Vaccination United Provinces of Agra and Oudh 1902-1913 - 1902-1913
Year: 1902
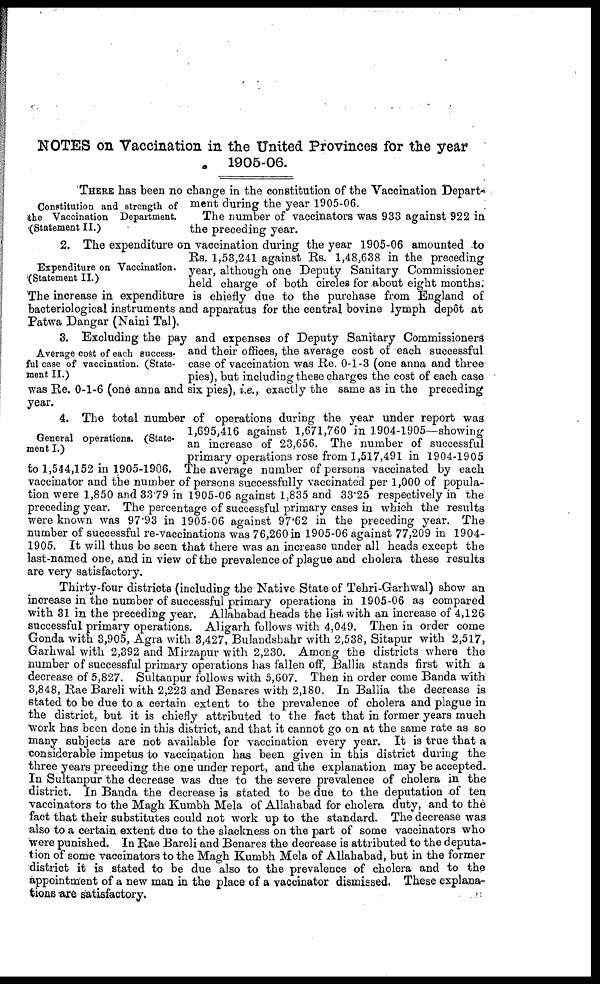
NOTES on Vaccination in the United Provinces for the year
1905-06.
Constitution and strength of
the Vaccination Department.
(Statement II.)
THREE has been no change in the constitution of the Vaccination Depart
ment during the year 1905-06.
The number of vaccinators was 933 against 922 in
the preceding year.
Expenditure on Vaccination.
(Statement II.)
2. The expenditure on vaccination during the year 1905-06 amounted to
Rs. 1,53,241 against Rs. 1,48,638 in the preceding
year, although one Deputy Sanitary Commissioner
held charge of both circles for about eight months
The increase in expenditure is chiefly due to the purchase from England of
bacteriological instruments and apparatus for the central bovine lymph depôt at
Patwa Dangar (Naini Tal).
Average cost of each success-
ful case of vaccination. (State-
ment II.)
3. Excluding the pay and expenses of Deputy Sanitary Commissioners
and their offices, the average cost of each successful
case of vaccination was Re. 0-1-3 (one anna and three
pies), but including these charges the cost of each case
was Re. 0-1-6 (one anna and six pies), i.e., exactly the same as in the preceding
year.
General operations. (State-
ment I.)
4. The total number of operations during the year under report was
1,695,416 against 1,671,760 in 1904-1905—showing
an increase of 23,656. The number of successful
primary operations rose from 1,517,491 in 1904-1905
to 1,544,152 in 1905-1906. The average number of persons vaccinated by each
vaccinator and the number of persons successfully vaccinated per 1,000 of popula-
tion were 1,850 and 33.79 in 1905-06 against 1,835 and 33.25 respectively in the
preceding year. The percentage of successful primary cases in which the results
were known was 97.93 in 1905-06 against 97.62 in the preceding year. The
number of successful re-vaccinations was 76,260 in 1905-06 against 77,209 in 1904-
1905. It will thus be seen that there was an increase under all heads except the
last-named one, and in view of the prevalence of plague and cholera these results
are very satisfactory.
Thirty-four districts (including the Native State of Tehri-Garhwal) show an
increase in the number of successful primary operations in 1905-06 as compared
with 31 in the preceding year. Allahabad heads the list with an increase of 4,126
successful primary operations. Aligarh follows with 4,049. Then in order come
Gonda with 3,905, Agra with 3,427, Bulandshahr with 2,538, Sitapur with 2,517,
Garhwal with 2,392 and Mirzapur with 2,230. Among the districts where the
number of successful primary operations has fallen off, Ballia stands first with a
decrease of 5,827. Sultanpur follows with 5,607. Then in order come Banda with
3,848, Rae Bareli with 2,223 and Benares with 2,180. In Ballia the decrease is
stated to be due to a certain extent to the prevalence of cholera and plague in
the district, but it is chiefly attributed to the fact that in former years much
work has been done in this district, and that it cannot go on at the same rate as so
many subjects are not available for vaccination every year. It is true that a
considerable impetus to vaccination has been given in this district during the
three years preceding the one under report, and the explanation may be accepted.
In Sultanpur the decrease was due to the severe prevalence of cholera in the
district. In Banda the decrease is stated to be due to the deputation of ten
vaccinators to the Magh Kumbh Mela of Allahabad for cholera duty, and to the
fact that their substitutes could not work up to the standard. The decrease was
also to a certain extent due to the slackness on the part of some vaccinators who
were punished. In Rae Bareli and Benares the decrease is attributed to the deputa-
tion of some vaccinators to the Magh Kumbh Mela of Allahabad, but in the former
district it is stated to be due also to the prevalence of cholera and to the
appointment of a new man in the place of a vaccinator dismissed. These explana-
tions are satisfactory.